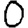
Digit: 0